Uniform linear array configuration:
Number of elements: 64
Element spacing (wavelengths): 1
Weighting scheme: cosine
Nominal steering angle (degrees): -15
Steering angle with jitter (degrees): -14.541
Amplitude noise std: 0.05
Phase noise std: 0.05

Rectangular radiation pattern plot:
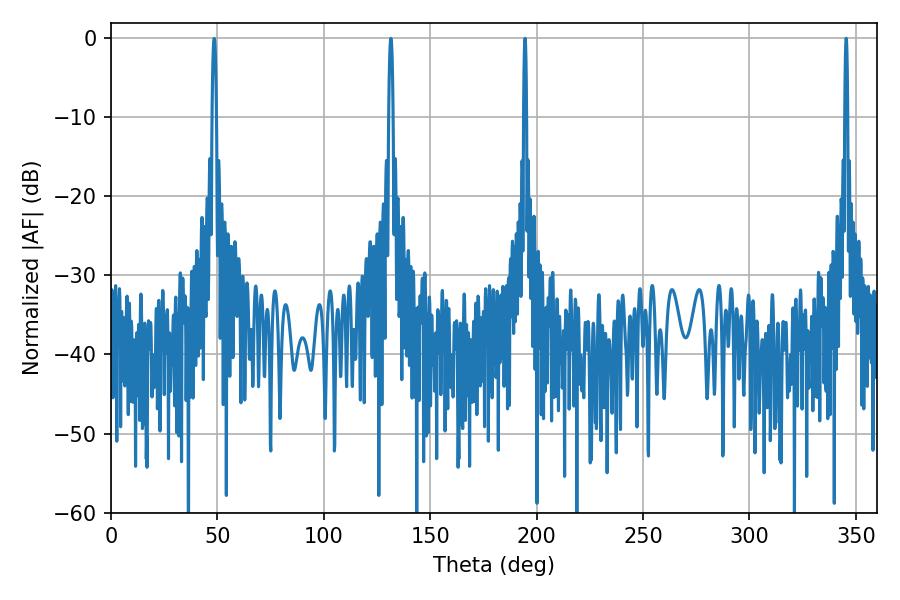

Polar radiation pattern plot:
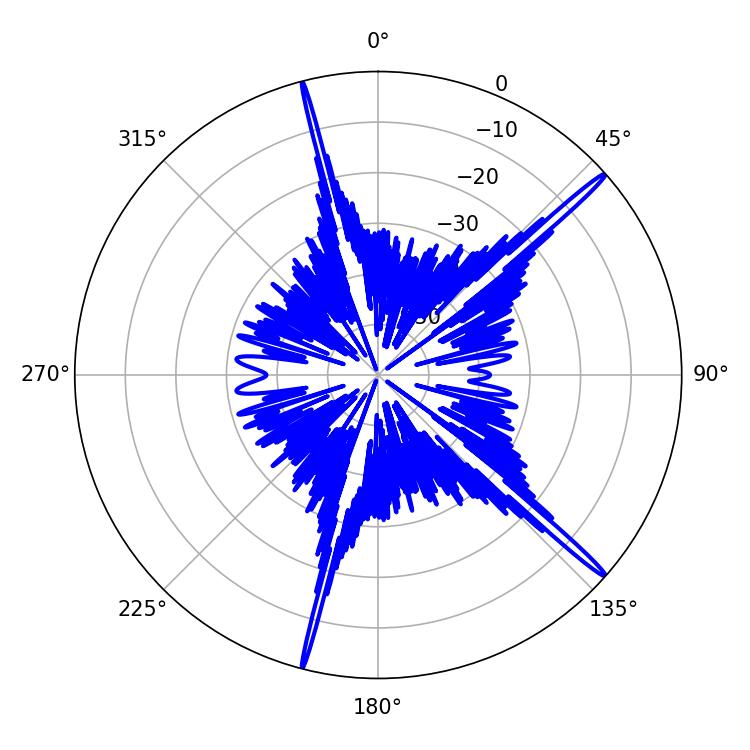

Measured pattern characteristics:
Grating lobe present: TRUE
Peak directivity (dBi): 18.639
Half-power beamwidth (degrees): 0.72
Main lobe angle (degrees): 345.42